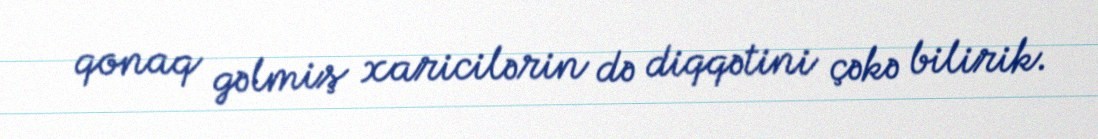
qonaq gəlmiş xaricilərin də diqqətini çəkə bilirik.